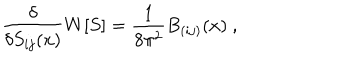
\frac { \delta } { \delta S _ { i j } ( x ) } { W } [ S ] = \frac { 1 } { 8 \pi ^ { 2 } } B _ { ( i j ) } ( x ) ~ ,